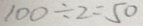
1 0 0 \div 2 = 5 0